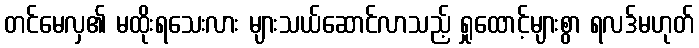
တင်မေလှ၏ မထိုးရသေးလား များသယ်ဆောင်လာသည့် ရှုထောင့်များစွာ ရလဒ်မဟုတ်